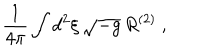
\frac { 1 } { 4 \pi } \int d ^ { 2 } \xi \, \sqrt { - g } \, R ^ { ( 2 ) } \ ,